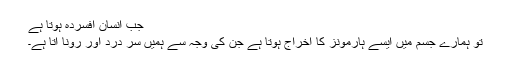
جب انسان افسردہ ہوتا ہے
تو ہمارے جسم میں ایسے ہارمونز کا اخراج ہوتا ہے جن کی وجہ سے ہمیں سر درد اور رونا آتا ہے۔